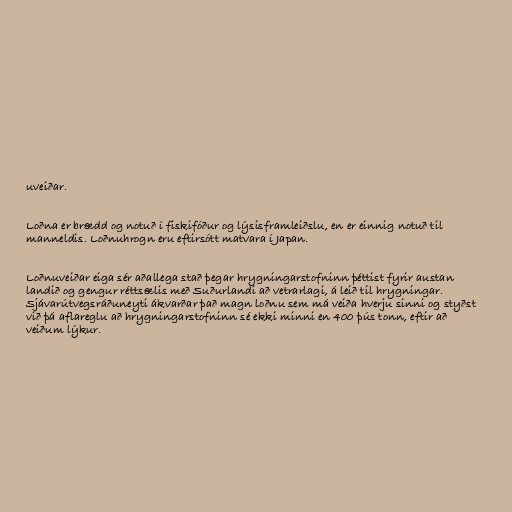
uveiðar.

Loðna er brædd og notuð í fiskifóður og lýsisframleiðslu, en er einnig notuð til
manneldis. Loðnuhrogn eru eftirsótt matvara í Japan.

Loðnuveiðar eiga sér aðallega stað þegar hrygningarstofninn þéttist fyrir austan
landið og gengur réttsælis með Suðurlandi að vetrarlagi, á leið til hrygningar.
Sjávarútvegsráðuneyti ákvarðar það magn loðnu sem má veiða hverju sinni og styðst
við þá aflareglu að hrygningarstofninn sé ekki minni en 400 þús tonn, eftir að
veiðum lýkur.